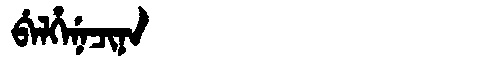
Manchu: ᠪᡝᠯᡥᡝᠨᡝᠴᡳᠨᠠ
Romanization: BELHENECINA